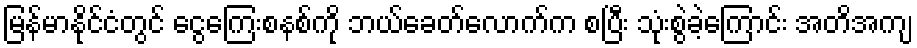
မြန်မာနိုင်ငံတွင် ငွေကြေးစနစ်ကို ဘယ်ခေတ်လောက်က စပြီး သုံးစွဲခဲ့ကြောင်း အတိအကျ